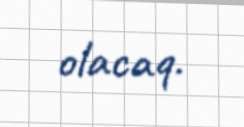
olacaq.